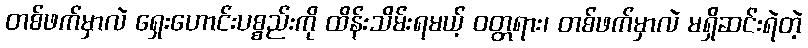
တစ်ဖက်မှာလဲ ရှေးဟောင်းပစ္စည်းကို ထိန်းသိမ်းရမယ့် ဝတ္တရား၊ တစ်ဖက်မှာလဲ မရှိဆင်းရဲတဲ့